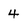
Character: 4